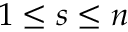
1 \leq s \leq n